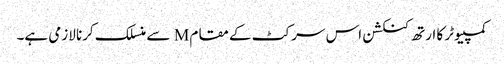
کمپیوٹر کا ارتھ کنکشن اس سرکٹ کے مقام M سے منسلک کرنا لازمی ہے۔